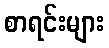
စာရင်းများ